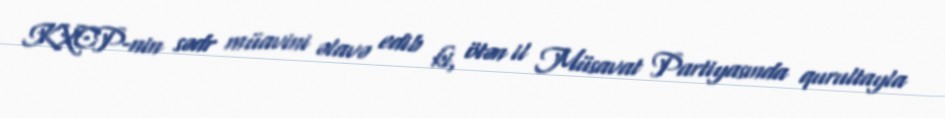
KXCP-nin sədr müavini əlavə edib ki, ötən il Müsavat Partiyasında qurultayla